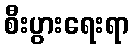
စီးပွားရေးရာ